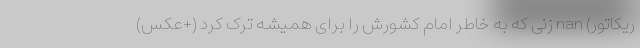
ریکاتور) nan زنی که به خاطر امام کشورش را برای همیشه ترک کرد (+عکس)